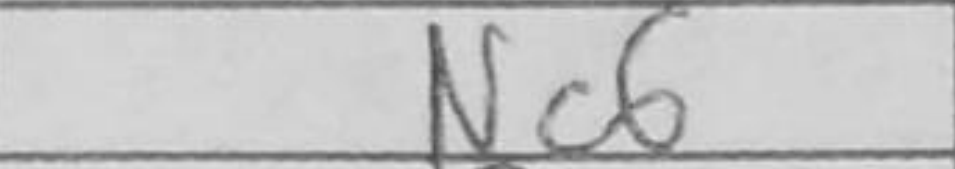
Transcription: Nc6